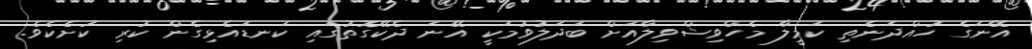
އޭނަގެ ހުއްދަނެތި ކަމީލާ މެހްވިޝްވިލާއަށް ބަދަލުވުމަކީ އޭނަ ދެކޭގޮތުގައި ކަނޑައެޅިގެން ކުރި ކުށެކެވެ.